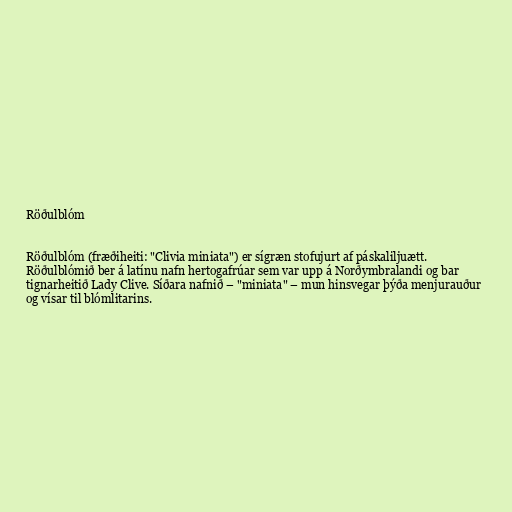
Röðulblóm

Röðulblóm (fræðiheiti: "Clivia miniata") er sígræn stofujurt af páskaliljuætt.
Röðulblómið ber á latínu nafn hertogafrúar sem var upp á Norðymbralandi og bar
tignarheitið Lady Clive. Síðara nafnið – "miniata" – mun hinsvegar þýða menjurauður
og vísar til blómlitarins.